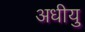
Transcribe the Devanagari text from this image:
अधीयु